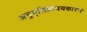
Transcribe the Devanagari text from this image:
अनुवृत्तिप्रत्ययकारणं